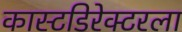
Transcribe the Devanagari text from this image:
कास्टडिरेक्टरला